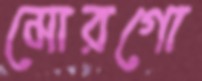
মোরগো